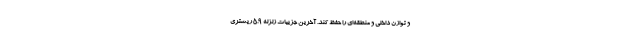
و توازن داخلی و منطقه‌ای را حفظ کند. آخرین جزییات زلزله ۵.۹ ریشتری